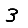
Digit: 3